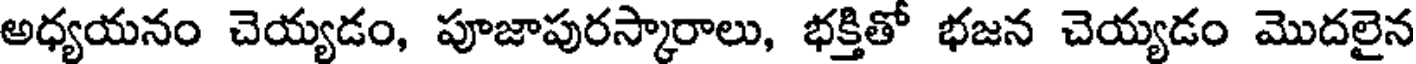
అధ్యయనం చెయ్యడం, పూజాపురస్కారాలు, భక్తితో భజన చెయ్యడం మొదలైన